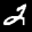
Label: 2